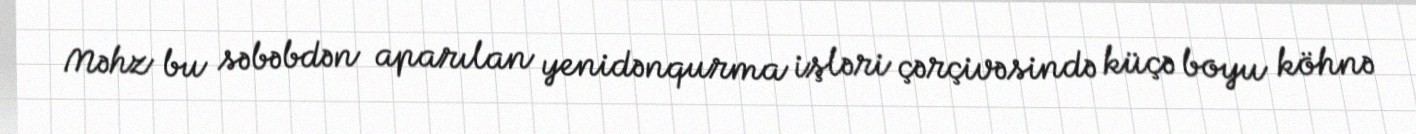
Məhz bu səbəbdən aparılan yenidənqurma işləri çərçivəsində küçə boyu köhnə